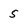
Character: 5